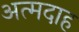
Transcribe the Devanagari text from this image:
अत्मदाह